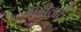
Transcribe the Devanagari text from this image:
मशीनहै